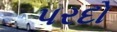
પરદો